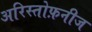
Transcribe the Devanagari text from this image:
अरिस्तोफ़नीज